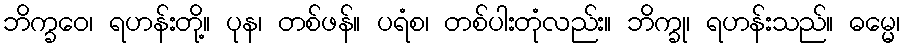
ဘိက္ခဝေ၊ ရဟန်းတို့။ ပုန၊ တစ်ဖန်။ ပရံစ၊ တစ်ပါးတုံလည်း။ ဘိက္ခု၊ ရဟန်းသည်။ ဓမ္မေ၊